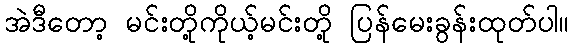
အဲဒီတော့ မင်းတို့ကိုယ့်မင်းတို့ ပြန်မေးခွန်းထုတ်ပါ။